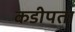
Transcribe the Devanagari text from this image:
कडीपता